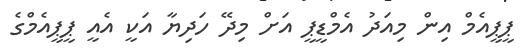
ޕީޕީއެމް އިން މިއަދު އެމްޑީޕީ އަށް މިދޭ ހަދިޔާ އަކީ އެއީ ޕީޕީއެމްގެ